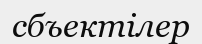
сбъектілер